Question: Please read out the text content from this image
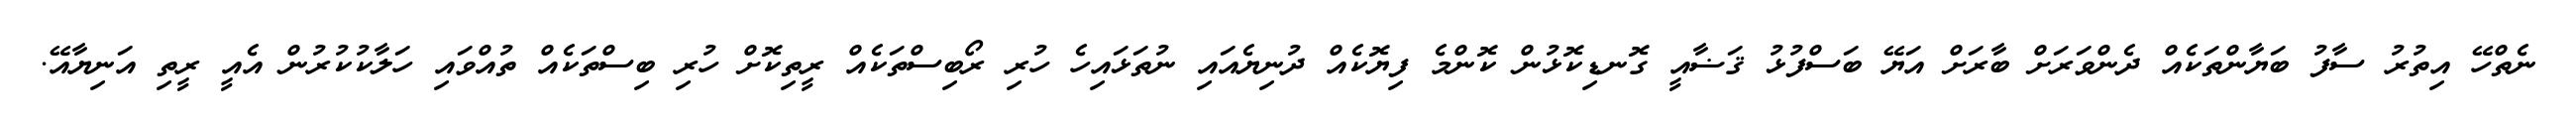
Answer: ނެތްހޭ އިތުރު ސާފު ބަޔާންތަކެއް ދެންވަރަށް ބާރަށް އަޔޭ ބަސްފުޅު ޤަޟާއީ ގޮނޑިކޮޅުން ކޮންމެ ފިޔޮކެއް ދުނިޔެއައި ނުތަޅައިހެ ހުރި ރޯބިސްތަކެއް ރީތިކޮށް ހުރި ބިސްތަކެއް ތުއްވައި ހަލާކުކުރުން އެއީ ރީތި އަނިޔާއޭ.